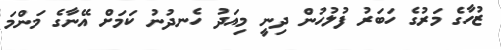
ޒުހާގެ މަރުގެ ހަބަރު ފުލުހުން ދިނީ މިއަދު ހެނދުނު ކަމަށް އޭނާގެ މަންމަ